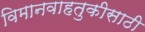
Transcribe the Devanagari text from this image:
विमानवाहतुकीसाठी